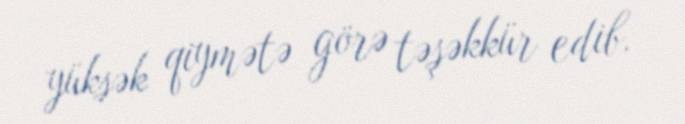
yüksək qiymətə görə təşəkkür edib.